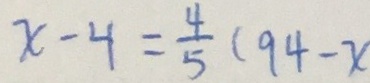
x - 4 = \frac { 4 } { 5 } ( 9 4 - x )